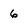
Character: 6